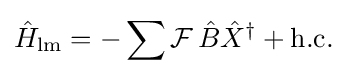
{\hat {H}}_{\mathrm {lm} }=-\sum {\mathcal {F}}\,{\hat {B}}{\hat {X}}^{\dagger }+\mathrm {h.c.}